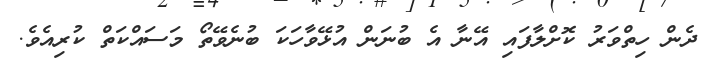
ދެން ހިތްވަރު ކޮށްލާފައި އޭނާ އެ ބުނަން އުޅޭވާހަކަ ބުނެވޭތޯ މަސައްކަތް ކުރިއެވެ.